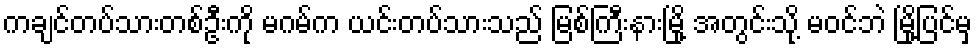
ကချင်တပ်သားတစ်ဦးကို မဂမ်က ယင်းတပ်သားသည် မြစ်ကြီးနားမြို့ အတွင်းသို့ မဝင်ဘဲ မြို့ပြင်မှ